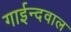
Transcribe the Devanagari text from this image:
गाईन्दवाल